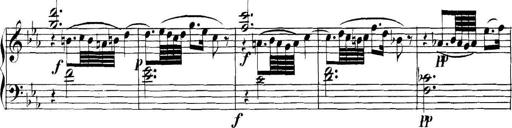
Title: Collected Piano Sonatas
Composer: Muzio Clementi